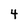
Character: 4